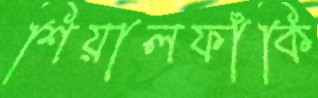
শিয়ালফাঁকি